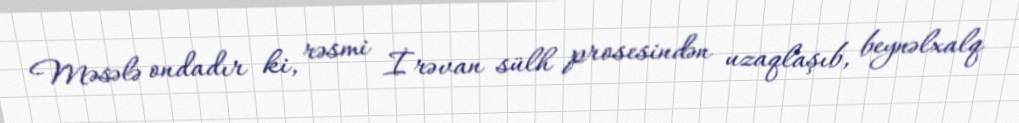
Məsələ ondadır ki, rəsmi İrəvan sülh prosesindən uzaqlaşıb, beynəlxalq